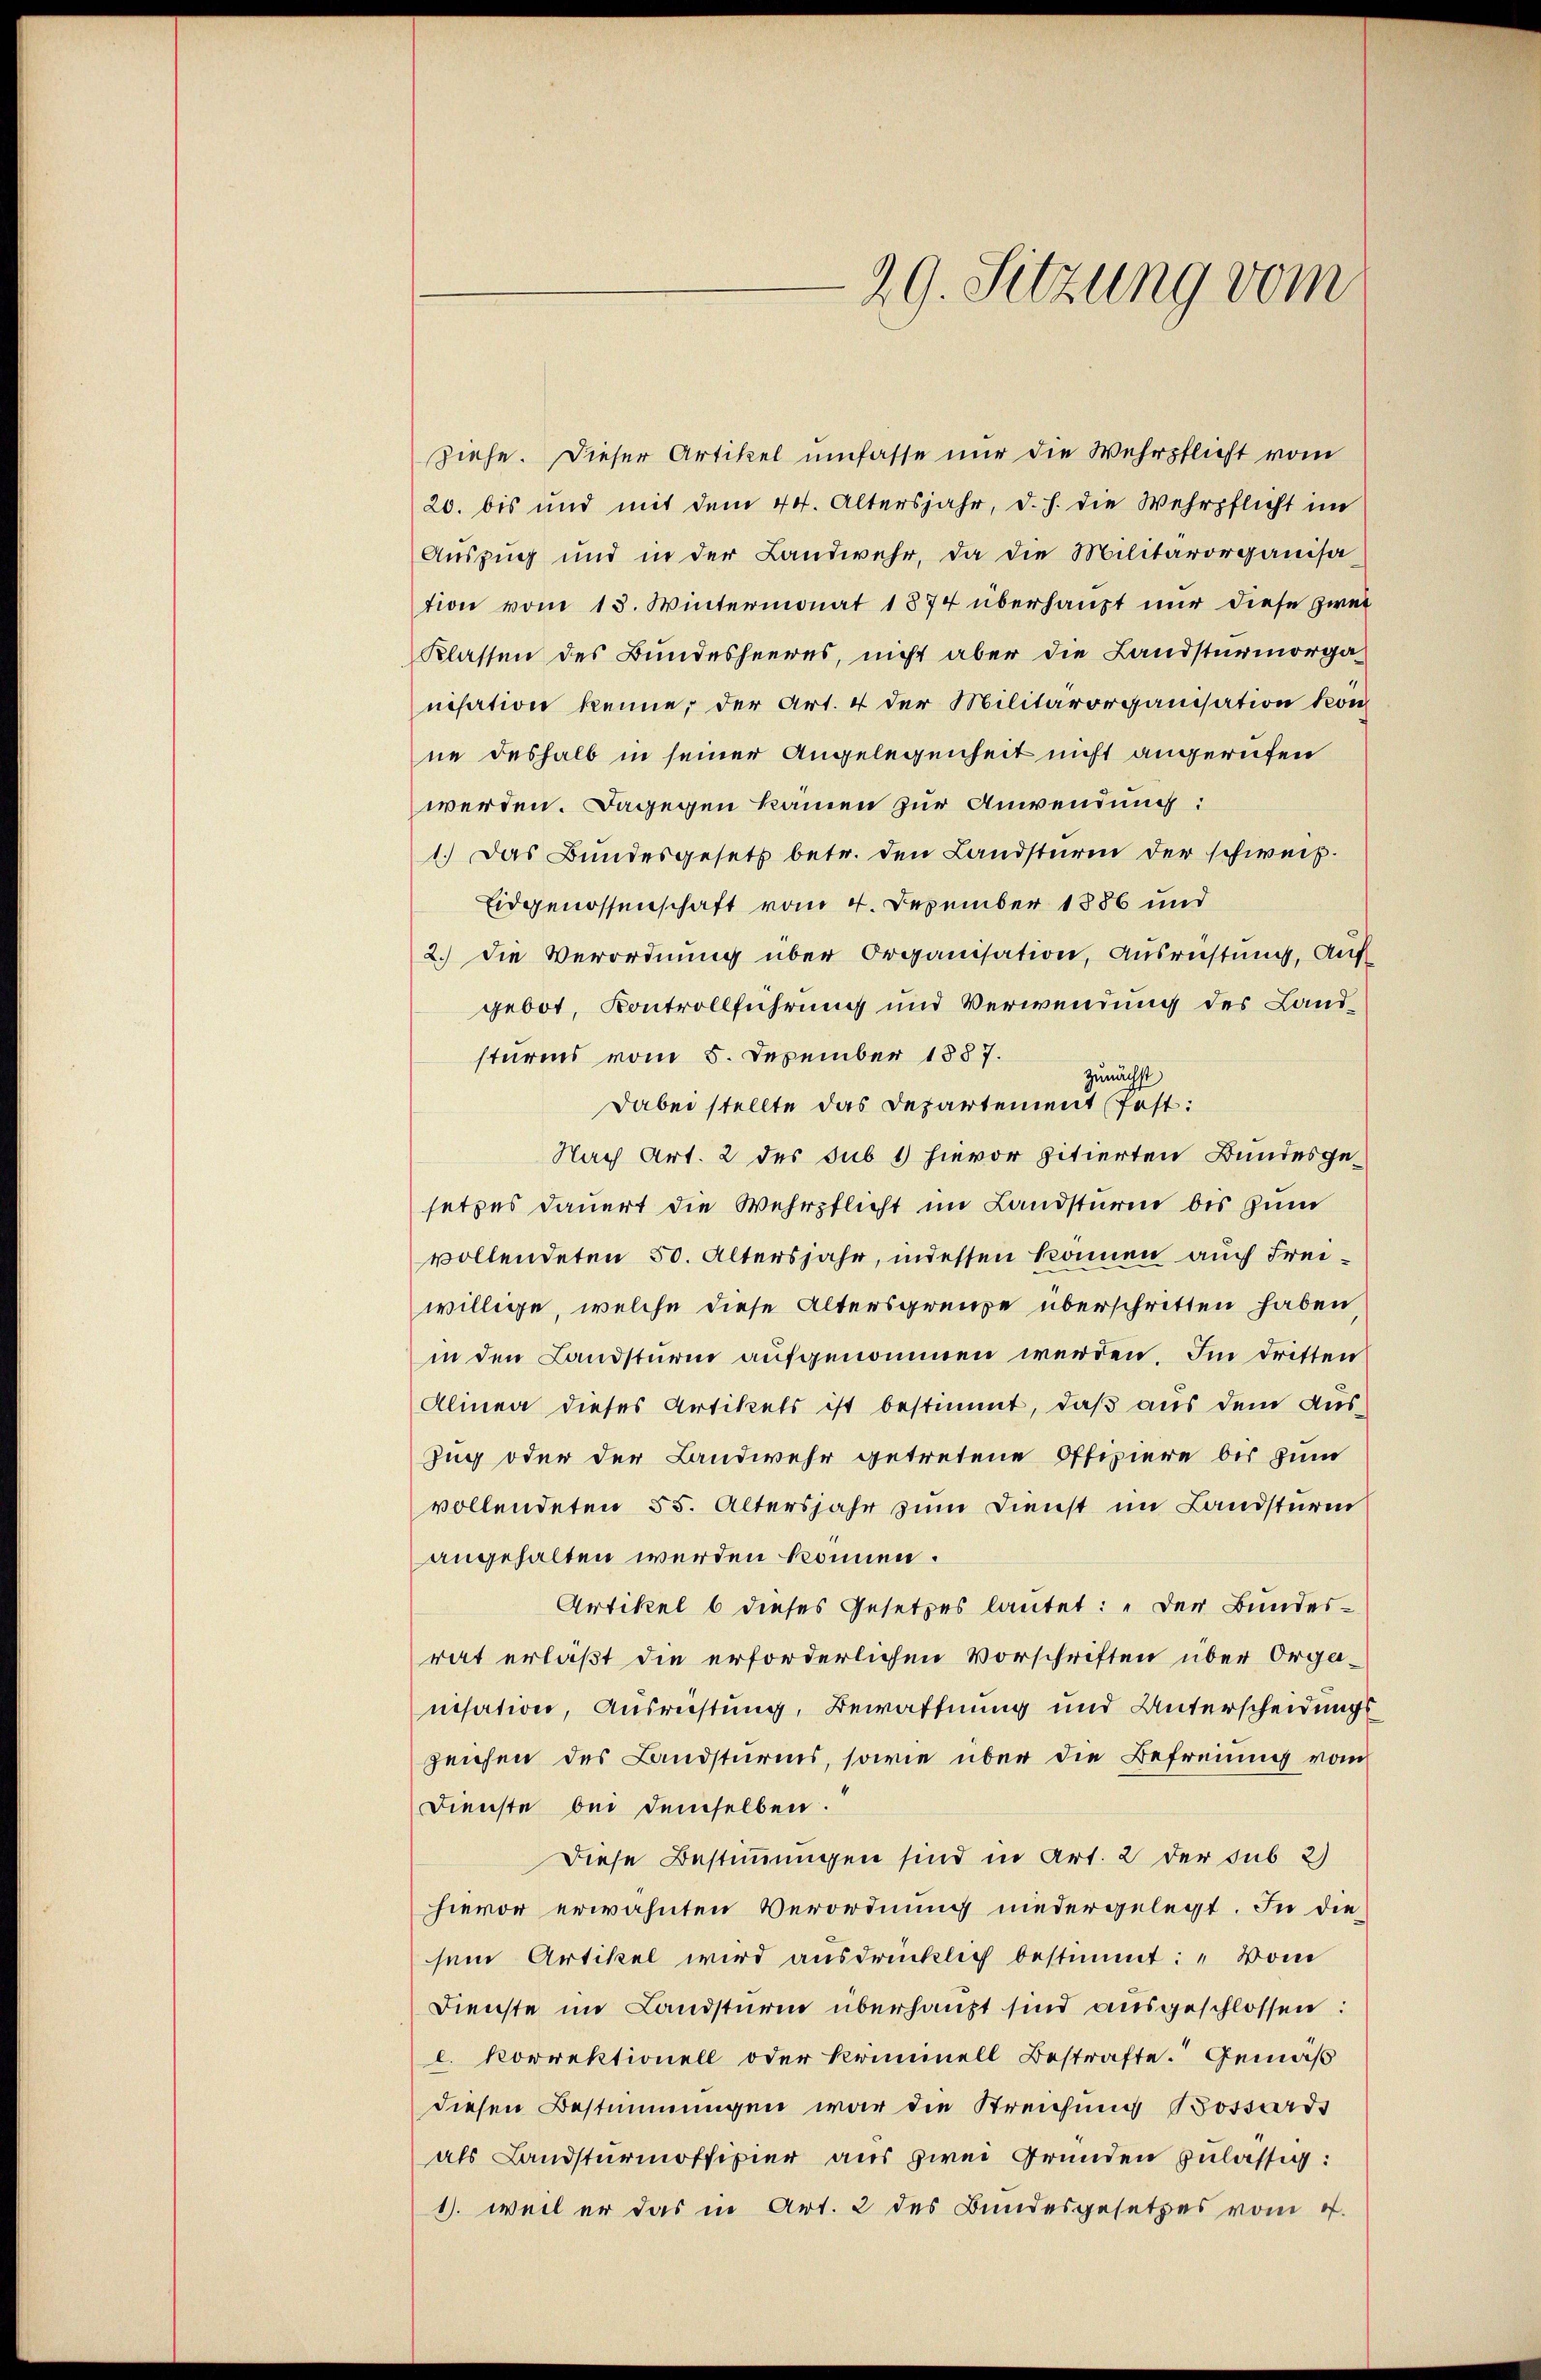
29. Sitzung vom

ziehe. Dieser Artikel umfasse nur die Wehrpflicht vom
20. bis und mit dem 44. Altersjahr, d. h. die Wehrpflicht im
Auszug und in der Landwehr, da die Militärorganisa-
tion vom 13. Wintermonat 1874 überhaupt nur diese zwei
Klassen des Bundesheeres, nicht aber die Landsturmorga-
nisation kenne, der Art. 4 der Militärorganisation kön
ne deshalb in seiner Angelegenheit nicht angerufen
werden. Dagegen kämen zur Anwendung:
1.) Das Bundesgesetz betr. den Landsturm der schweiz.
Eidgenossenschaft vom 4. Dezember 1886 und
2.) Die Verordnung über Organisation, Ausrichtung, Auf
gebot, Kontrollführung und Verwendung des Landsturms vom 5. Dezember 1887.
zunächst
Dabei stellte das Departement fest:
Nach Art. 2 des sub 1 hievor zitierten Bundesgesetzes dauert die Wehrpflicht im Landsturm bis zum
vollendeten 50. Altersjahr, indessen können auch Freiwillige, welche diese Altersgrenze überschritten haben,
in den Landsturm aufgenommen werden. Im dritten
Alinea dieses Artikels ist bestimmt, daß aus dem Aus¬
Zug oder der Landwehr getretene Offiziere bis zum
vollendeten 55. Altersjahr zum Dienst im Landstüren
angehalten werden können.
Artikel 6 dieses Gesetzes lautet: „Der Bundes-
rat erläßt die erforderlichen Vorschriften über Organisation, Ausrichtung, Bewaffnung und Unterscheidungs
zeichen des Landsturms, sowie über die Befreiung vom
Dienste bei demselben.
Diese Bestimmungen sind in Art. 2 der sub 2)
hievor erwähnten Verordnung niedergelegt. In die
sein Artikel wird aŭsdrücklich bestimmt: „Vom
Dienste im Landsturm überhaupt sind ausgeschlossen:
l. Korrektionell oder Kriminell Bestrafte. Gemäß
diesen Bestimmungen war die Streichung Bossards
als Landsturmoffizier aus zwei Gründen zulässig:
1. weil er das in Art. 2 des Bundesgesetzes vom 4.